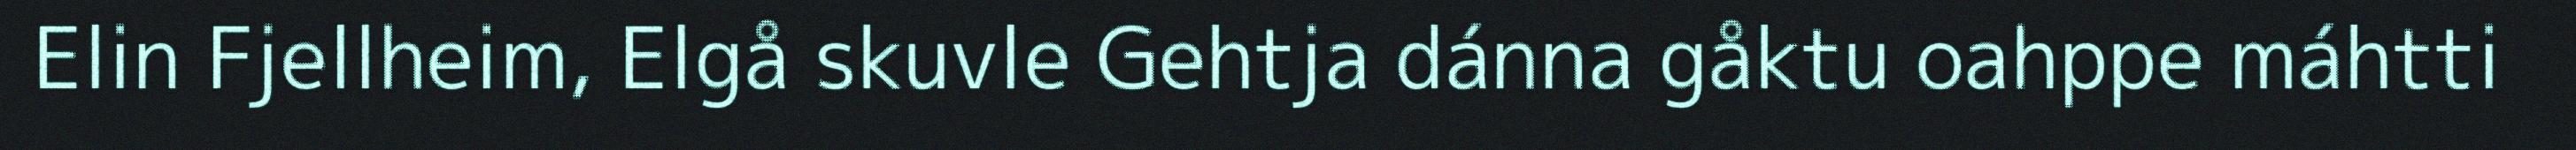
Elin Fjellheim, Elgå skuvle Gehtja dánna gåktu oahppe máhtti